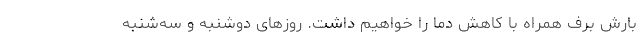
بارش برف همراه با کاهش دما را خواهیم داشت. روزهای دوشنبه و سه‌شنبه